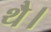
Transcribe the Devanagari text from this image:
थेै।